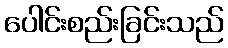
ပေါင်းစည်းခြင်းသည်